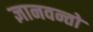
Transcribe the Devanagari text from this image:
ज्ञानवन्तो